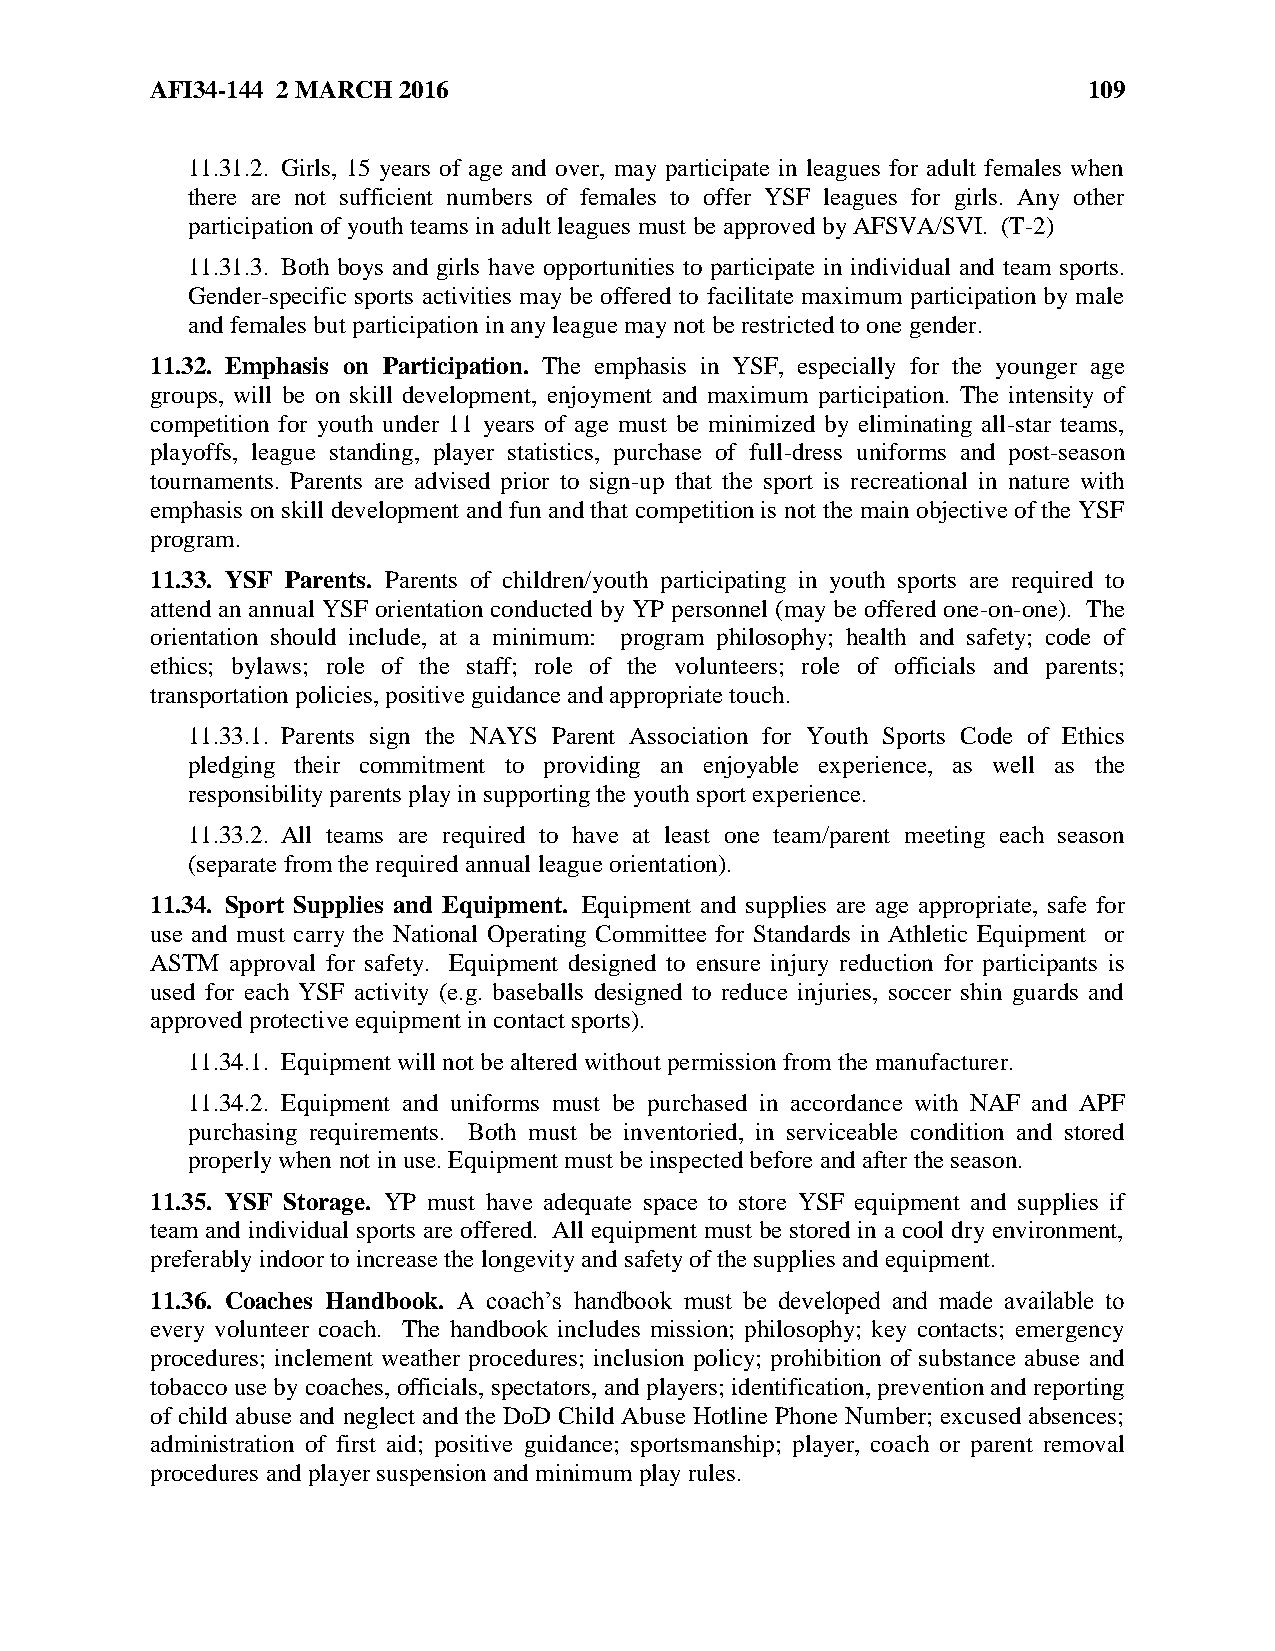
AFI34-144 2 MARCH 2016                                        109
 11.31.2. Girls, 15 years of age and over, may participate in leagues for adult females when
 there are not sufficient numbers of females to offer YSF leagues for girls. Any other
 participation of youth teams in adult leagues must be approved by AFSVA/SVI. (T-2)
 11.31.3. Both boys and girls have opportunities to participate in individual and team sports.
 Gender-specific sports activities may be offered to facilitate maximum participation by male
 and females but participation in any league may not be restricted to one gender.
 11.32. Emphasis on Participation. The emphasis in YSF, especially for the younger age
 groups, will be on skill development, enjoyment and maximum participation. The intensity of
 competition for youth under 11 years of age must be minimized by eliminating all-star teams,
 playoffs, league standing, player statistics, purchase of full-dress uniforms and post-season
 tournaments. Parents are advised prior to sign-up that the sport is recreational in nature with
 emphasis on skill development and fun and that competition is not the main objective of the YSF
 program.
 11.33. YSF Parents. Parents of children/youth participating in youth sports are required to
 attend an annual YSF orientation conducted by YP personnel (may be offered one-on-one). The
 orientation should include, at a minimum: program philosophy; health and safety; code of
 ethics; bylaws; role of the staff; role of the volunteers; role of officials and parents;
 transportation policies, positive guidance and appropriate touch.
 11.33.1. Parents sign the NAYS Parent Association for Youth Sports Code of Ethics
 pledging their commitment to providing an enjoyable experience, as well as the
 responsibility parents play in supporting the youth sport experience.
 11.33.2. All teams are required to have at least one team/parent meeting each season
 (separate from the required annual league orientation).
 11.34. Sport Supplies and Equipment. Equipment and supplies are age appropriate, safe for
 use and must carry the National Operating Committee for Standards in Athletic Equipment or
 ASTM approval for safety. Equipment designed to ensure injury reduction for participants is
 used for each YSF activity (e.g. baseballs designed to reduce injuries, soccer shin guards and
 approved protective equipment in contact sports).
 11.34.1. Equipment will not be altered without permission from the manufacturer.
 11.34.2. Equipment and uniforms must be purchased in accordance with NAF and APF
 purchasing requirements. Both must be inventoried, in serviceable condition and stored
 properly when not in use. Equipment must be inspected before and after the season.
 11.35. YSF Storage. YP must have adequate space to store YSF equipment and supplies if
 team and individual sports are offered. All equipment must be stored in a cool dry environment,
 preferably indoor to increase the longevity and safety of the supplies and equipment.
 11.36. Coaches Handbook. A coach’s handbook must be developed and made available to
 every volunteer coach. The handbook includes mission; philosophy; key contacts; emergency
 procedures; inclement weather procedures; inclusion policy; prohibition of substance abuse and
 tobacco use by coaches, officials, spectators, and players; identification, prevention and reporting
 of child abuse and neglect and the DoD Child Abuse Hotline Phone Number; excused absences;
 administration of first aid; positive guidance; sportsmanship; player, coach or parent removal
 procedures and player suspension and minimum play rules.